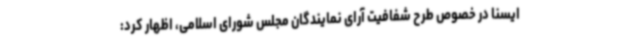
ایسنا در خصوص طرح شفافیت آرای نمایندگان مجلس شورای اسلامی، اظهار کرد: